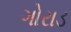
ગોરાડ